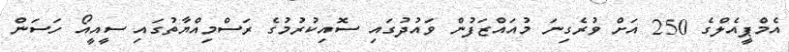
އެމްޕީއެލްގެ 250 އަށް ވުރެގިނަ މުއައްޒަފުން ވައުދުގައި ސޮއިކުރުމުގެ ރަސްމިއްޔާތުގައި ސީއީއޯ ހަސަން